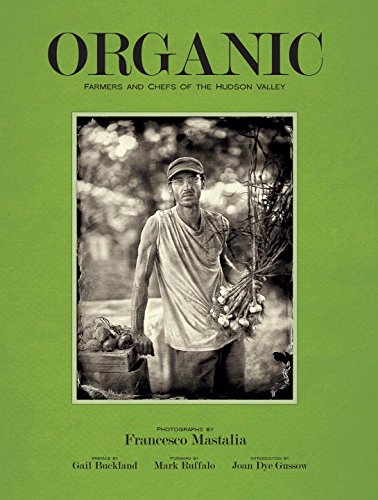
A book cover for Organic: Farmers and Chefs of the Hudson Valley; Francesco Mastalia; Crafts, Hobbies & Home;